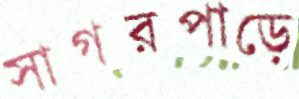
সাগরপাড়ে